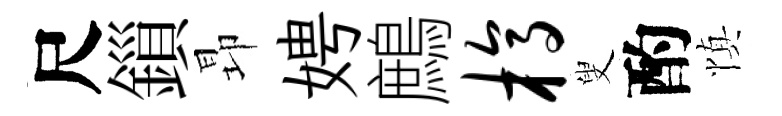
尺鎻昻娉鷓槁叟酌慎